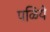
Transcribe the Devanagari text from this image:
पळिये